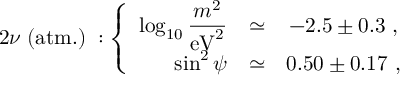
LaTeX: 2 \nu \; ( \mathrm { a t m . } ) \; : \left\{ \begin{array} { r c c } { { \log _ { 1 0 } \displaystyle \frac { m ^ { 2 } } { \mathrm { e V } ^ { 2 } } } } & { { \simeq } } & { { - 2 . 5 \pm 0 . 3 \ , } } \\ { { \sin ^ { 2 } \psi } } & { { \simeq } } & { { 0 . 5 0 \pm 0 . 1 7 \ , } } \end{array} \right.